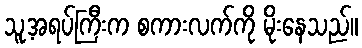
သူ့အရပ်ကြီးက စကားလက်ကို မိုးနေသည်။